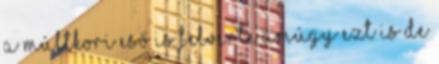
a múltkori eső is felverte amúgy ezt is de